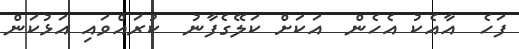
ފަހެ  އާއެކު އެހެން  އަކަށް ކަލޭގެފާނު  ކުރައްވައި އަޅުކަން